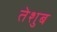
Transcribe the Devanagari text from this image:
तेशुब